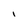
Character: 1